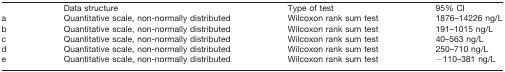
<table><thead><tr><td></td><td><b>Data structure</b></td><td><b>Type of test</b></td><td><b>95% CI</b></td></tr></thead><tbody><tr><td>a</td><td>Quantitative scale, non-normally distributed</td><td>Wilcoxon rank sum test</td><td>1876–14226 ng/L</td></tr><tr><td>b</td><td>Quantitative scale, non-normally distributed</td><td>Wilcoxon rank sum test</td><td>191–1015 ng/L</td></tr><tr><td>c</td><td>Quantitative scale, non-normally distributed</td><td>Wilcoxon rank sum test</td><td>40–563 ng/L</td></tr><tr><td>d</td><td>Quantitative scale, non-normally distributed</td><td>Wilcoxon rank sum test</td><td>250–710 ng/L</td></tr><tr><td>e</td><td>Quantitative scale, non-normally distributed</td><td>Wilcoxon rank sum test</td><td>−110–381 ng/L</td></tr></tbody></table>